Report on vaccination in the Province of Bengal - 1869-1873
Year: 1869
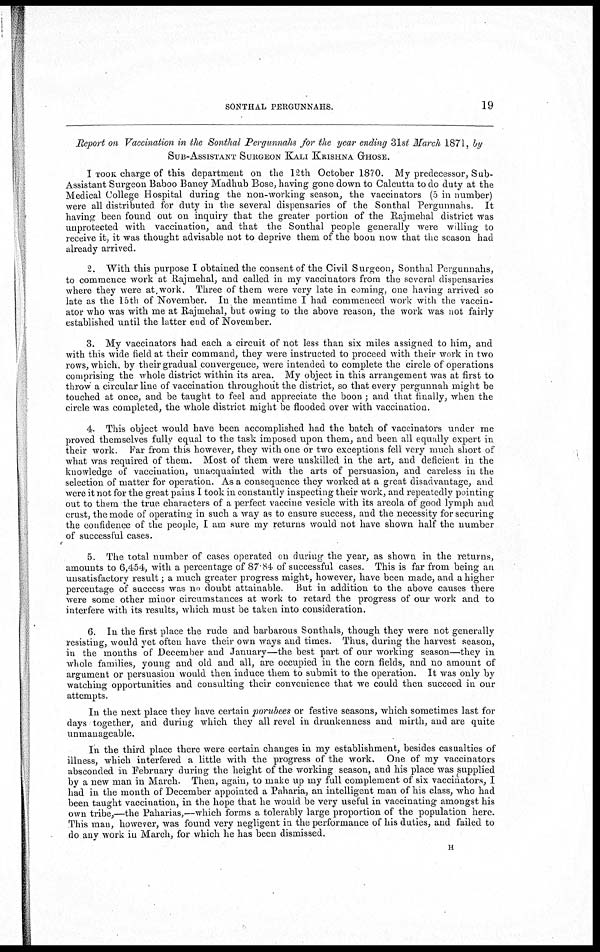
SONTHAL PERGUNNAHS.
19
Report on Vaccination in the Sonthal Pergunnahs for the year ending 31st March 1871, by
SUB-ASSISTANT SURGEON KALI KRISHNA GHOSE.
I TOOK charge of this department on the 12th October 1870. My predecessor, Sub¬
Assistant Surgeon Baboo Baney Madhub Bose, having gone down to Calcutta to do duty at the
Medical College Hospital during the non-working season, the vaccinators (5 in number)
were all distributed for duty in the several dispensaries of the Sonthal Pergunnahs. It
having been found out on inquiry that the greater portion of the Rajmehal district was
unprotected with vaccination, and that the Sonthal people generally were willing to
receive it, it was thought advisable not to deprive them of the boon now that the season had
already arrived.
2. With this purpose I obtained the consent of the Civil Surgeon, Sonthal Pergunnahs,
to commence work at Rajmehal, and called in my vaccinators from the several dispensaries
where they were at work. Three of them were very late in coming, one having arrived so
late as the 15th of November. In the meantime I had commenced work with the vaccin-
ator who was with me at Rajmehal, but owing to the above reason, the work was not fairly
established until the latter end of November.
3. My vaccinators had each a circuit of not less than six miles assigned to him, and
with this wide field at their command, they were instructed to proceed with their work in two
rows, which, by their gradual convergence, were intended to complete the circle of operations
comprising the whole district within its area. My object in this arrangement was at first to
throw a circular line of vaccination throughout the district, so that every pergunnah might be
touched at once, and be taught to feel and appreciate the boon ; and that finally, when the
circle was completed, the whole district might be flooded over with vaccination.
4. This object would have been accomplished had the batch of vaccinators under me
proved themselves fully equal to the task imposed upon them, and been all equally expert in
their work. Far from this however, they with one or two exceptions fell very much short of
what was required of them. Most of them were unskilled in the art, and deficient in the
knowledge of vaccination, unacquainted with the arts of persuasion, and careless in the
selection of matter for operation. As a consequence they worked at a great disadvantage, and
were it not for the great pains I took in constantly inspecting their work, and repeatedly pointing
out to them the true characters of a perfect vaccine vesicle with its areola of good lymph and
crust, the mode of operating in such a way as to ensure success, and the necessity for securing
the confidence of the people, I am sure my returns would not have shown half the number
of successful cases.
5. The total number of cases operated on during the year, as shown in the returns,
amounts to 6,454, with a percentage of 87 84 of successful cases. This is far from being an
unsatisfactory result; a much greater progress might, however, have been made, and a higher
percentage of success was no doubt attainable. But in addition to the above causes there
were some other minor circumstances at work to retard the progress of our work and to
interfere with its results, which must be taken into consideration.
6. In the first place the rude and barbarous Sonthals, though they were not generally
resisting, would yet often have their own ways and times. Thus, during the harvest season,
in the months of December and January—the best part of our working season—they in
whole families, young and old and all, are occupied in the corn fields, and no amount of
argument or persuasion would then induce them to submit to the operation. It was only by
watching opportunities and consulting their convenience that we could then succeed in our
attempts.
In the next place they have certain porubees or festive seasons, which sometimes last for
days together, and during which they all revel in drunkenness and mirth, and are quite
unmanageable.
In the third place there were certain changes in my establishment, besides casualties of
illness, which interfered a little with the progress of the work. One of my vaccinators
absconded in February during the height of the working season, and his place was supplied
by a new man in March. Then, again, to make up my full complement of six vaccinators, I
had in the month of December appointed a Paharia, an intelligent man of his class, who had
been taught vaccination, in the hope that he would be very useful in vaccinating amongst his
own tribe,—the Paharias,—which forms a tolerably large proportion of the population here.
This man, however, was found very negligent in the performance of his duties, and failed to
do any work in March, for which he has been dismissed.
H